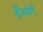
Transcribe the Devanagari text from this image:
हॅमबर्ग